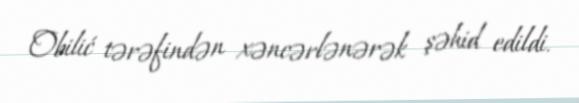
Obilić tərəfindən xəncərlənərək şəhid edildi.